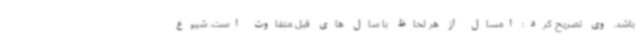
باشد. وی تصریح کرد: امسال از هر لحاظ با سال های قبل متفاوت است. شیوع